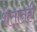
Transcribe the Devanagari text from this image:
शेतांतही